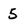
Character: 5